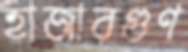
হাজারগুণ